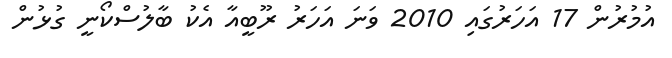
އުމުރުން 17 އަހަރުގައި 2010 ވަނަ އަހަރު ރޫބީއާ އެކު ބާލުސްކޯނީ ގުުޅުން